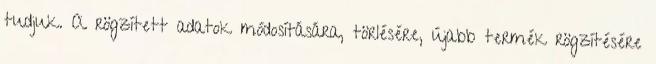
tudjuk. A rögzített adatok módosítására, törlésére, újabb termék rögzítésére